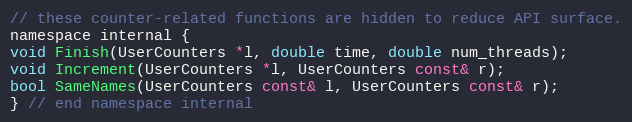
Language: C
// these counter-related functions are hidden to reduce API surface.
namespace internal {
void Finish(UserCounters *l, double time, double num_threads);
void Increment(UserCounters *l, UserCounters const& r);
bool SameNames(UserCounters const& l, UserCounters const& r);
} // end namespace internal